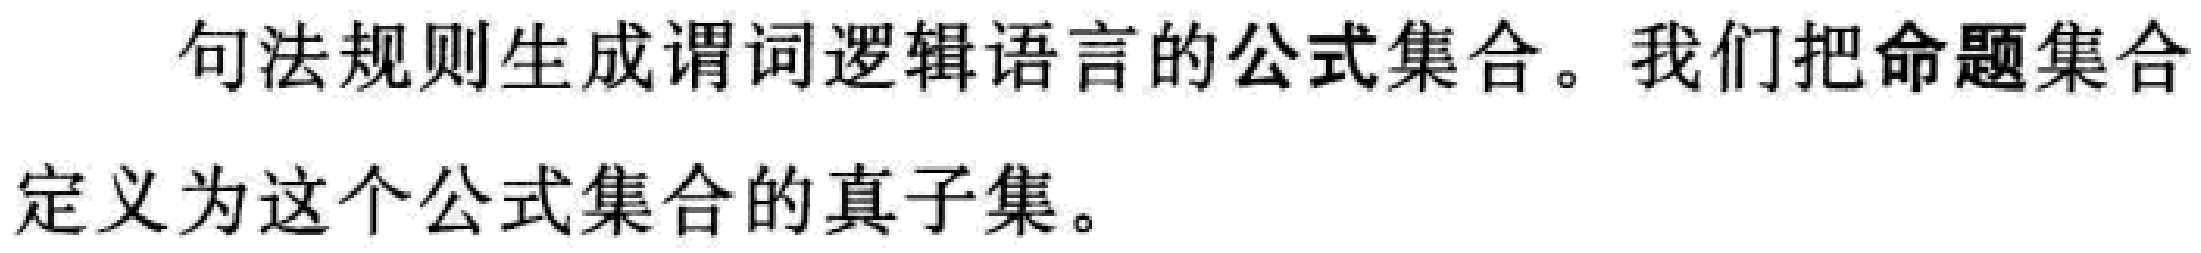
句法规则生成谓词逻辑语言的公式集合。我们把命题集合定义为这个公式集合的真子集。